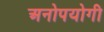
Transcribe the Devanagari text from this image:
अनोपयोगी